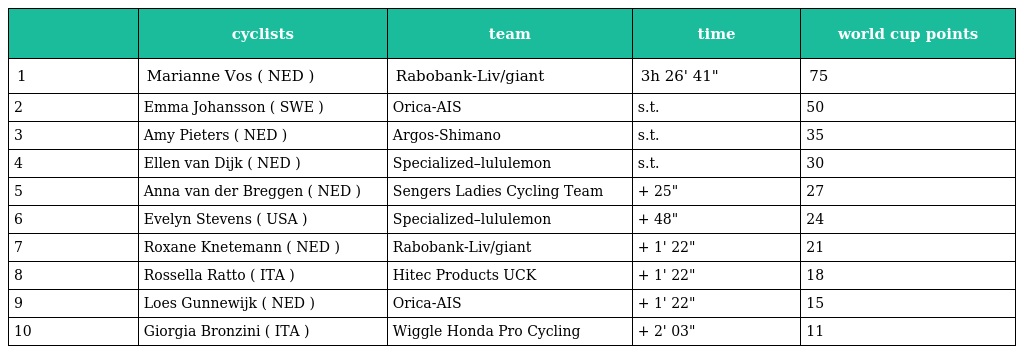
|  | cyclists | team | time | world cup points |
 | --- | --- | --- | --- | --- |
 | 1 | Marianne Vos ( NED ) | Rabobank-Liv/giant | 3h 26' 41" | 75 |
 | 2 | Emma Johansson ( SWE ) | Orica-AIS | s.t. | 50 |
 | 3 | Amy Pieters ( NED ) | Argos-Shimano | s.t. | 35 |
 | 4 | Ellen van Dijk ( NED ) | Specialized–lululemon | s.t. | 30 |
 | 5 | Anna van der Breggen ( NED ) | Sengers Ladies Cycling Team | + 25" | 27 |
 | 6 | Evelyn Stevens ( USA ) | Specialized–lululemon | + 48" | 24 |
 | 7 | Roxane Knetemann ( NED ) | Rabobank-Liv/giant | + 1' 22" | 21 |
 | 8 | Rossella Ratto ( ITA ) | Hitec Products UCK | + 1' 22" | 18 |
 | 9 | Loes Gunnewijk ( NED ) | Orica-AIS | + 1' 22" | 15 |
 | 10 | Giorgia Bronzini ( ITA ) | Wiggle Honda Pro Cycling | + 2' 03" | 11 |